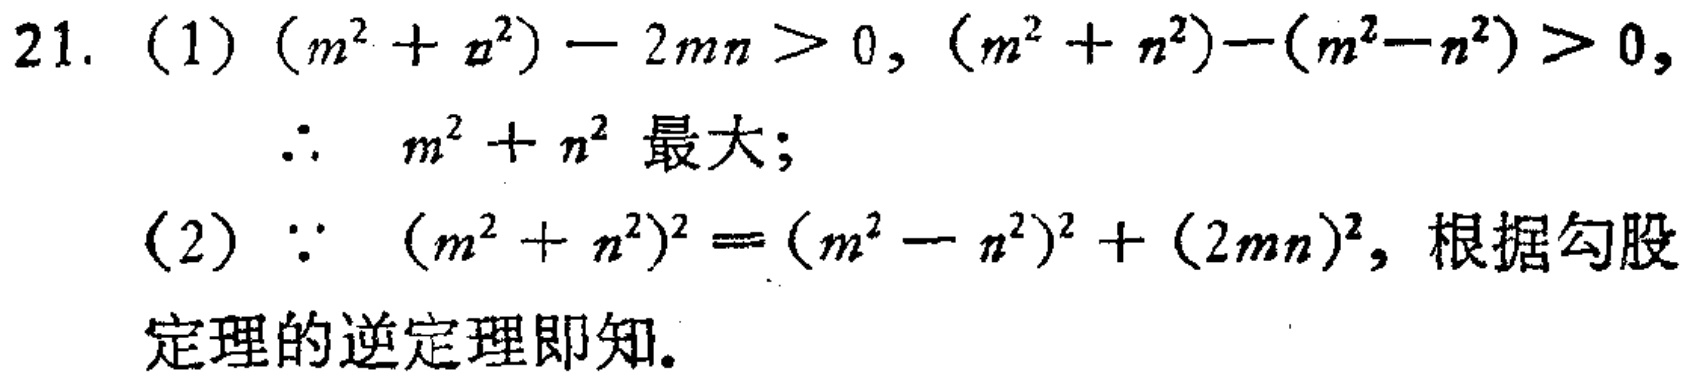
21. (1) \((m^{2}+n^{2}) - 2mn>0\), \((m^{2}+n^{2})-(m^{2}-n^{2})>0\),

    \(\therefore\) \(m^{2}+n^{2}\) 最大;

(2) \(\because\) \((m^{2}+n^{2})^{2}=(m^{2}-n^{2})^{2}+(2mn)^{2}\), 根据勾股

定理的逆定理即知.